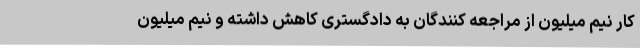
کار نیم میلیون از مراجعه کنندگان به دادگستری کاهش داشته و نیم میلیون